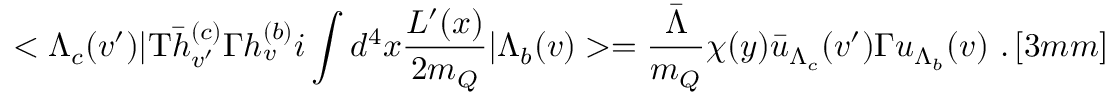
< \Lambda _ { c } ( v ^ { \prime } ) | \mathrm { T } \bar { h } _ { v ^ { \prime } } ^ { ( c ) } \Gamma h _ { v } ^ { ( b ) } i \int d ^ { 4 } x \frac { { \cal L } ^ { \prime } ( x ) } { 2 m _ { Q } } | \Lambda _ { b } ( v ) > = \frac { \bar { \Lambda } } { m _ { Q } } \chi ( y ) \bar { u } _ { \Lambda _ { c } } ( v ^ { \prime } ) \Gamma u _ { \Lambda _ { b } } ( v ) ~ . \, [ 3 m m ]